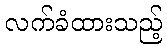
လက်ခံထားသည့်